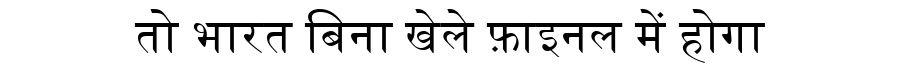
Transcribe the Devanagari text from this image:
तो भारत बिना खेले फ़ाइनल में होगा